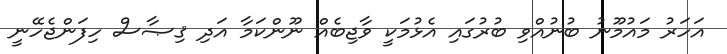
އަހަރު މައުމޫނު ބުނުއްވި ބުރުގައި އެޅުމަކީ ވާޖިބެއް ނޫންކަމާ އަދި ޤިޞާސް ހިފަންޖެހޭނީ